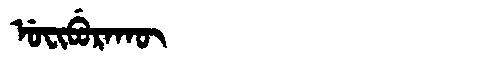
Manchu: ᡠᠸᡳᠪᡠᡵᠠᡴᡡ
Romanization: UFIBURAKŪ